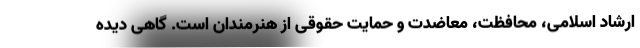
ارشاد اسلامی، محافظت، معاضدت و حمایت حقوقی از هنرمندان است. گاهی دیده